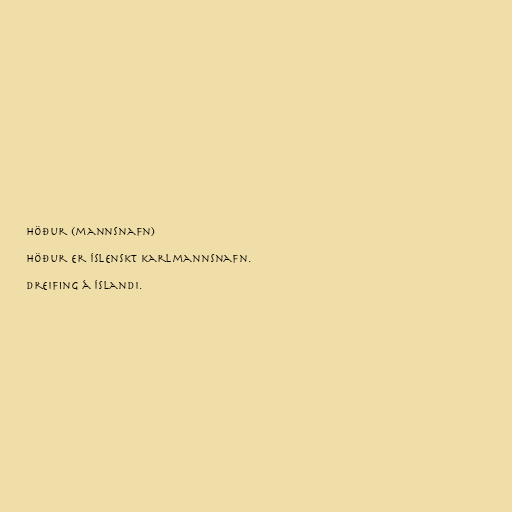
Höður (mannsnafn)

Höður er íslenskt karlmannsnafn.

Dreifing á Íslandi.